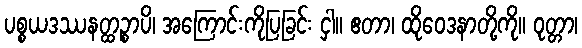
ပစ္စယဒဿနတ္ထဉ္စာပိ၊ အကြောင်းကိုပြခြင်း ငှါ။ ဧတာ၊ ထိုဝေဒနာတို့ကို။ ဝုတ္တာ၊